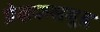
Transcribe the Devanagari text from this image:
प्रेक्षकसमूह